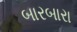
બારબારા